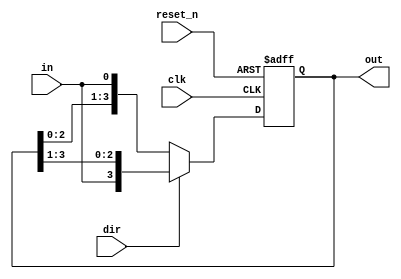
`timescale 1ns / 1ps
module bi_dir_SR(clk, dir, reset_n, in, out);
    input clk, reset_n;
    input dir;      //dir=1 right shift | dir=0 left shift.
    input in;       //input bit
    output reg [3:0] out;
    
    always @(posedge clk, negedge reset_n)
    begin
        if(reset_n==0)
            out <= 0;
        else if(dir==0)
            out <= {out[2:0], in};
        else 
            out <= {in, out[3:1]};            
    end    
endmodule